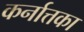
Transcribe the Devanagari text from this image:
कर्नात्तका